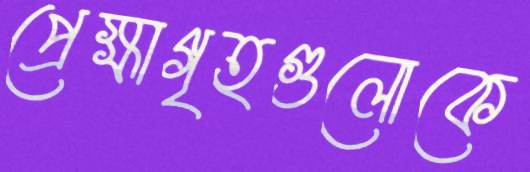
প্রেক্ষাগৃহগুলোকে